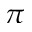
\pi